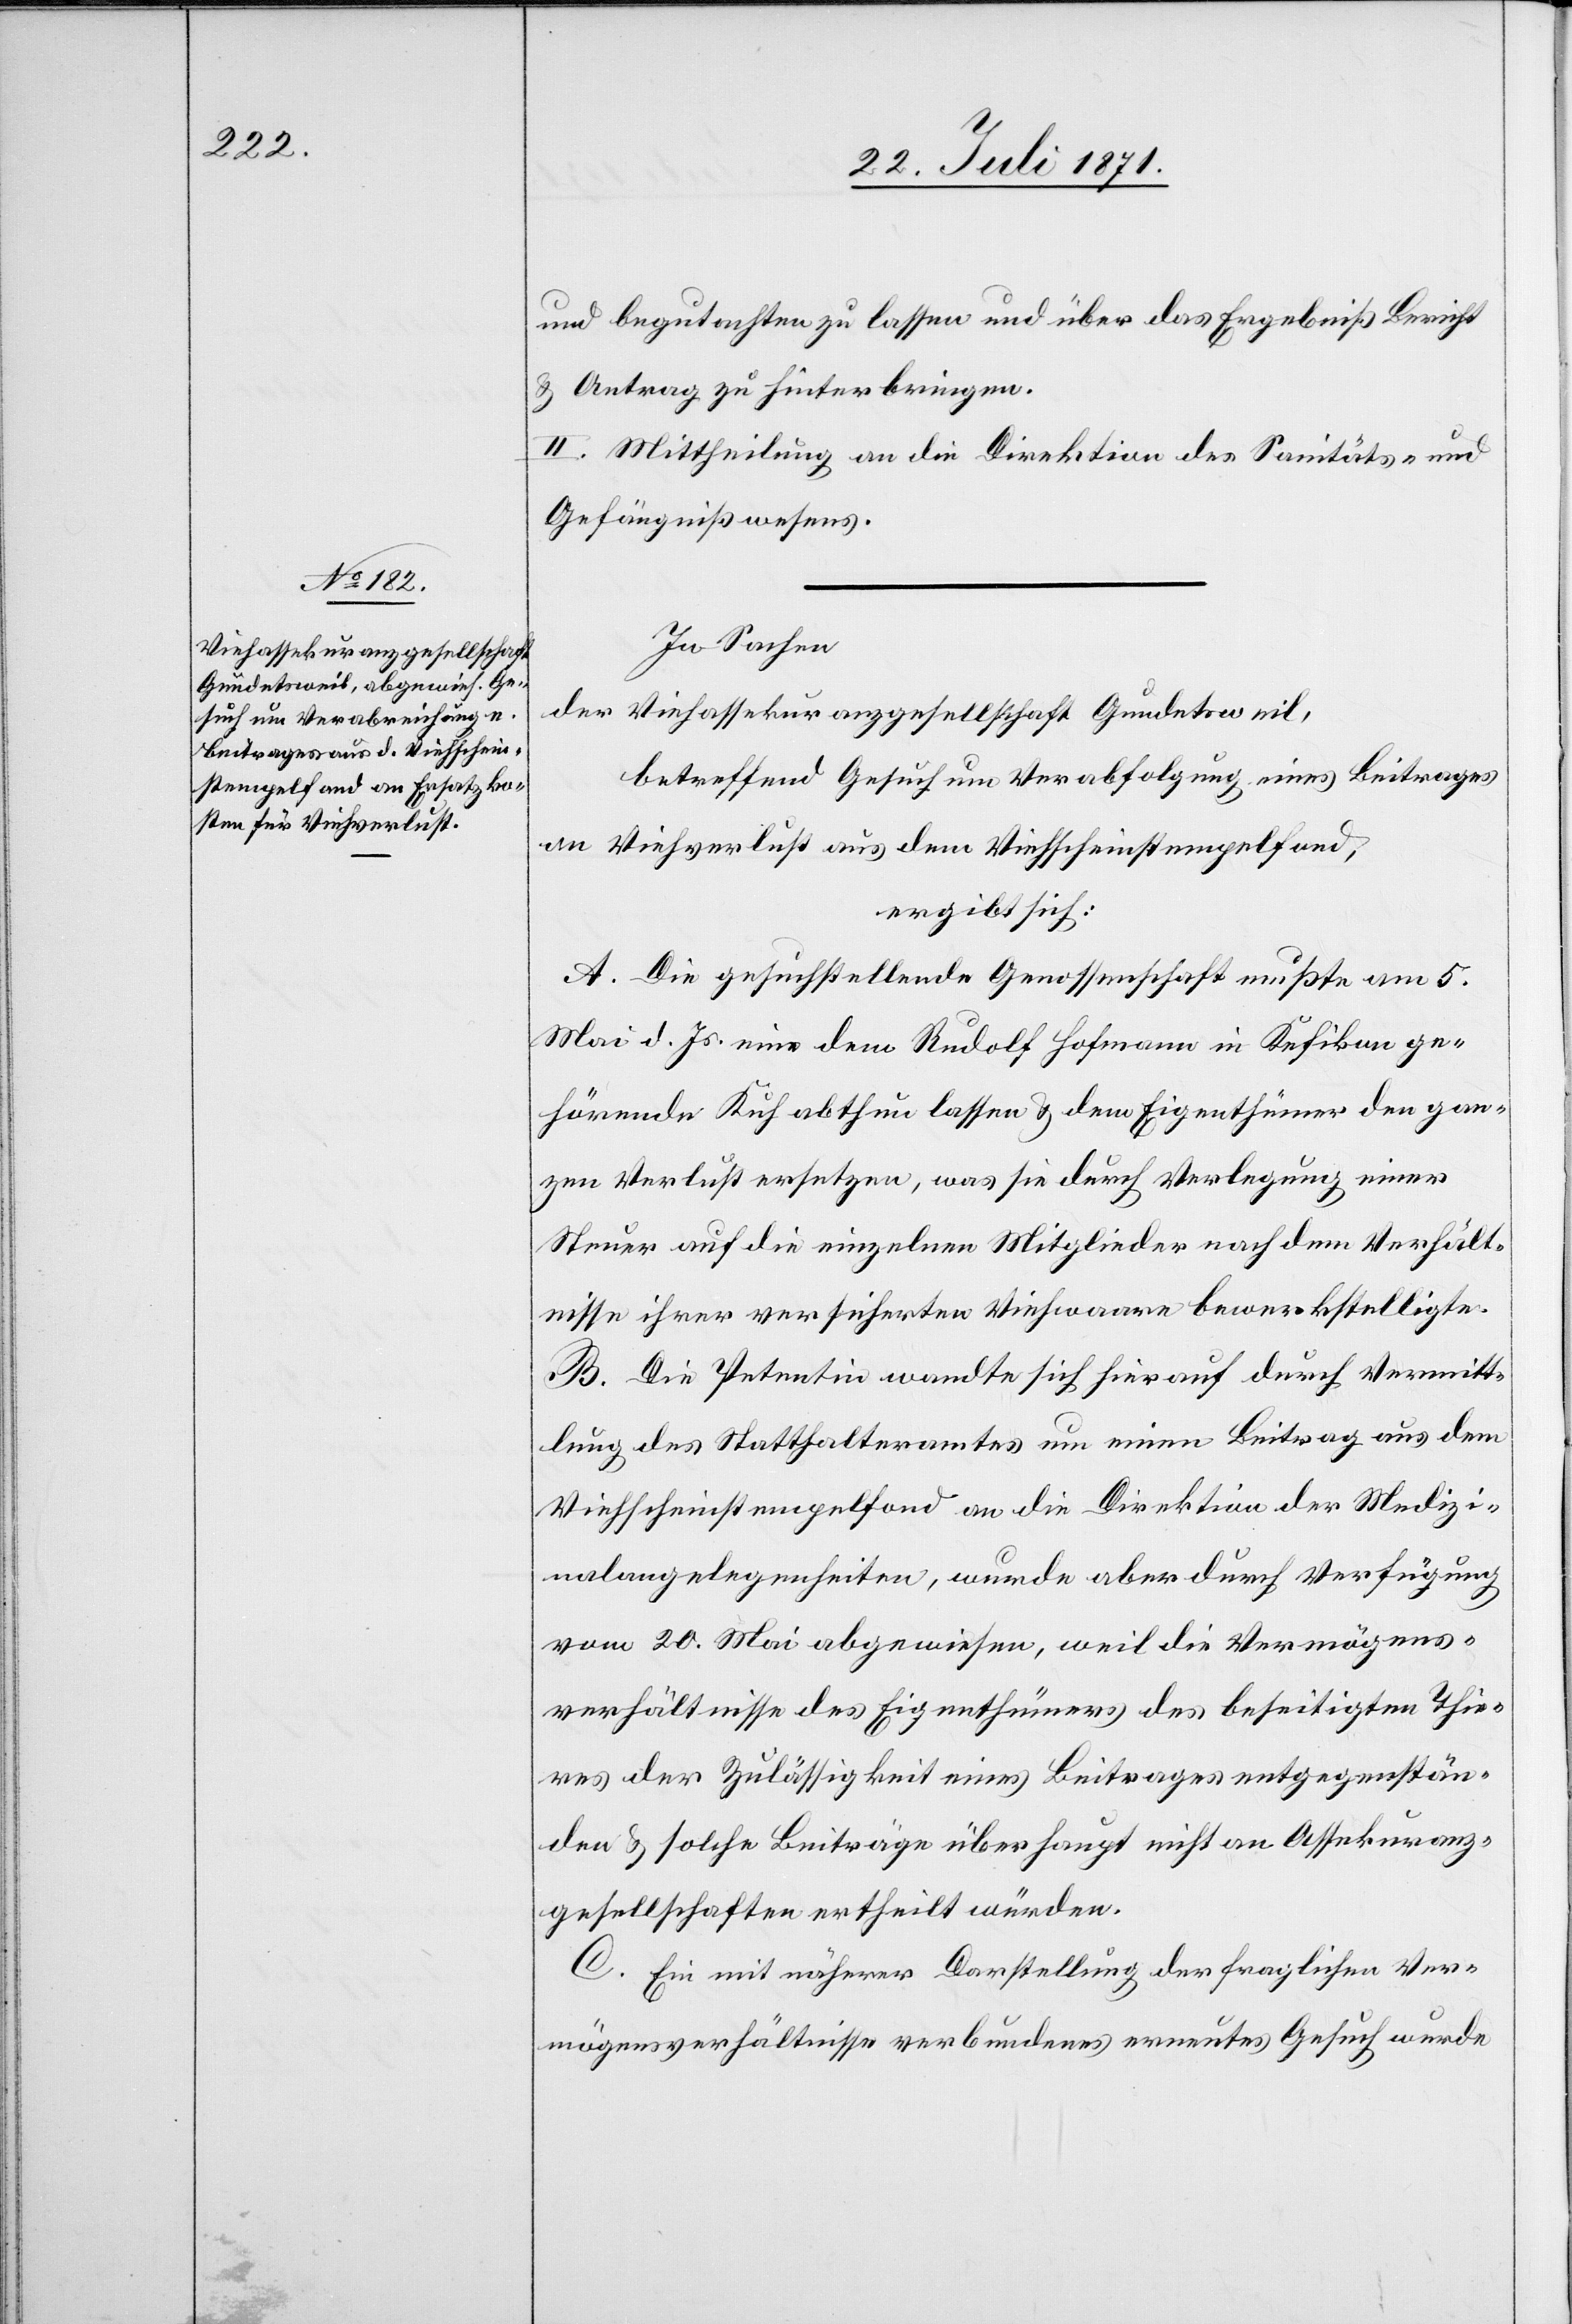
und begutachten zu lassen und über das Ergebniß Bericht
u. Antrag zu hinterbringen.
II. Mittheilung an die Direktion des Sanitäts- und
Gefängniswesens.
In Sachen
der Viehassekuranzgesellschaft Gundetsweil,
betreffend Gesuch um Verabfolgung eines Beitrages
an Viehverlust aus dem Viehscheinstempelfond,
ergibt sich:
A. Die gesuchstellende Genossenschaft mußte am 5.
Mai d. Js. eine dem Rudolf Hofmann in Kefikon ge¬
hörende Kuh abthun lassen u. dem Eigenthümer den gan¬
zen Verlust ersetzen, was sie durch Verlegung einer
Steuer auf die einzelnen Mitglieder nach dem Verhält¬
nisse ihrer versicherten Viehwaare bewerkstelligte.
B. Die Petentin wandte sich hierauf durch Vermitt¬
lung des Statthalteramtes um einen Beitrag aus dem
Viehscheinstempelfond an die Direktion der Medizi¬
nalangelegenheiten, wurde aber durch Verfügung
vom 20. Mai abgewiesen, weil die Vermögens¬
verhältnisse des Eigenthümers des beseitigten Thie¬
res der Zulässigkeit eines Beitrages entgegenstän¬
den u. solche Beiträge überhaupt nicht an Assekuranz¬
gesellschaften ertheilt würden.
C. Ein mit näherer Darstellung der fraglichen Ver¬
mögensverhältnisse verbundenes erneutes Gesuch wurde